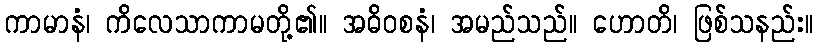
ကာမာနံ၊ ကိလေသာကာမတို့၏။ အဓိဝစနံ၊ အမည်သည်။ ဟောတိ၊ ဖြစ်သနည်း။